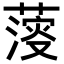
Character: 𦺌